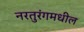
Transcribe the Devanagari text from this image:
नरतुरंगमधील